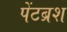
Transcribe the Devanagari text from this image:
पेंटब्रश